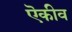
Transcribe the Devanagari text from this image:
ऎकीव